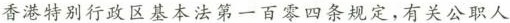
香港特别行政区基本法第一百零四条规定，有关公职人